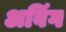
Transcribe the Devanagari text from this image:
अविंग